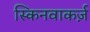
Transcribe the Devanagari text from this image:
स्किनवाकर्ज़